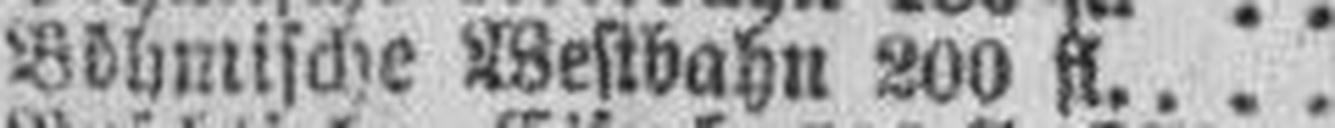
Böhmische Westbahn 200 fl.